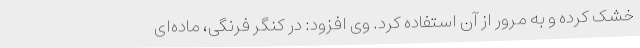
خشک کرده و به مرور از آن استفاده کرد. وی افزود: در کنگر فرنگی، ماده‌ای